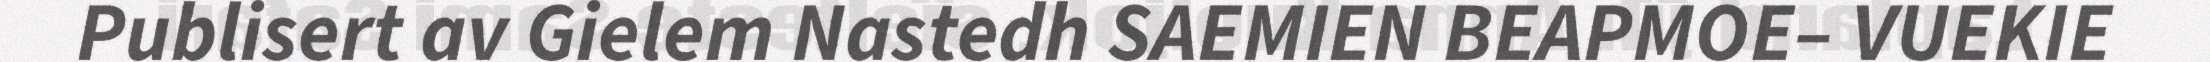
Publisert av Gielem Nastedh SAEMIEN BEAPMOE– VUEKIE